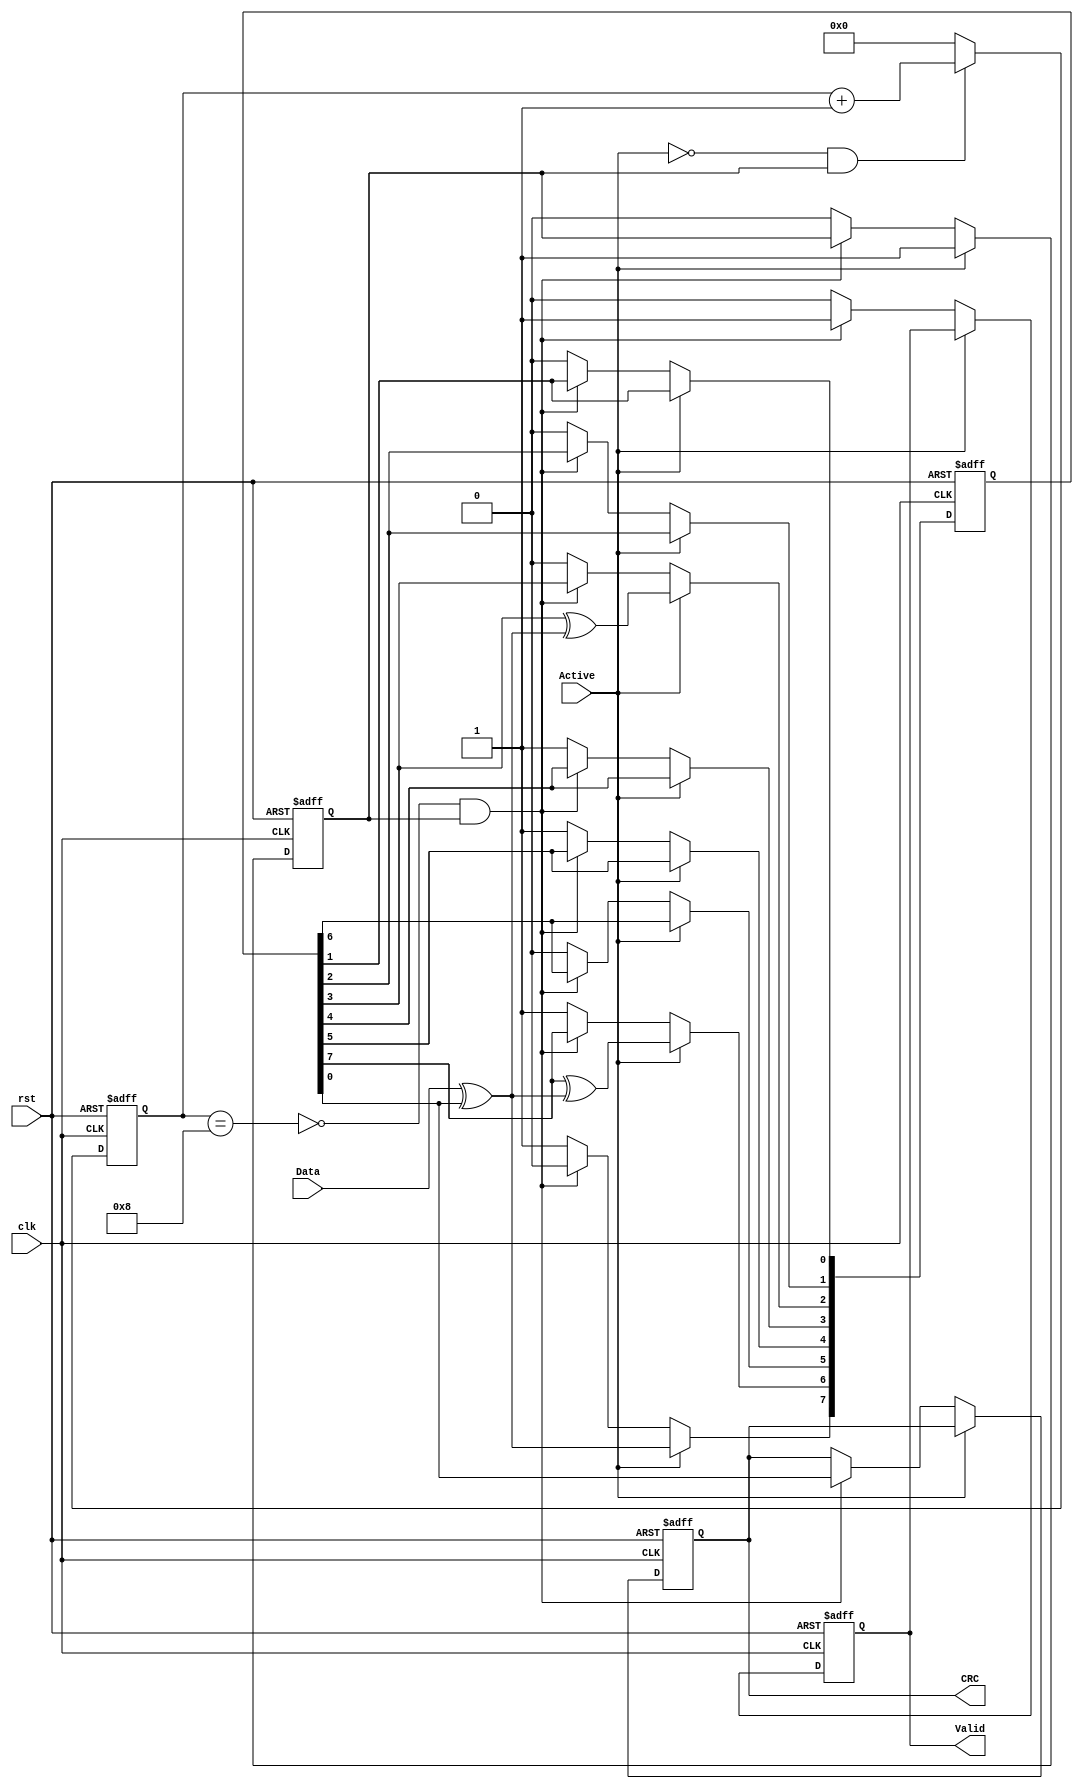
module CRC (Data,Active,clk,rst,CRC,Valid);

	parameter SEED=8'hD8;
	input Data;
	input Active;
	input clk,rst;
	output reg CRC,Valid;

	reg [7:0] LFSR;
	wire feedback;
	reg [3:0] counter;
	wire Done_Flag;
	reg operation_start;


	always @ (posedge clk or negedge rst) begin
		if(!rst) begin
			LFSR<=SEED;
			CRC<=1'b0;
			Valid<=1'b0;
			operation_start<=1'b0;
		end
		else begin
			if(Active) begin
				operation_start<=1'b1;
				LFSR[7]<=feedback;
				LFSR[6]<= LFSR[7] ^ feedback;
				LFSR[5]<= LFSR[6];
				LFSR[4]<= LFSR[5];
				LFSR[3]<= LFSR[4];
				LFSR[2]<= LFSR[3] ^ feedback;
				LFSR[1]<= LFSR[2];
				LFSR[0]<= LFSR[1];
			end
			else if (!Done_Flag && operation_start) begin
				Valid<=1'b1;
				{LFSR[6:0],CRC}<=LFSR;
				LFSR[7]<=0;
			end
			else begin
				operation_start<=1'b0;
				Valid<=1'b0;
				LFSR<=SEED;
			end
			
		end
	end


	always @(posedge clk or negedge rst) begin
		if(! rst )
			counter<=0;
		else begin
			if( !Active && operation_start)
				counter<=counter+4'b1;
			else
				counter<=4'b0;	
		end	
	end


	assign Done_Flag = (counter =='d8);
	assign feedback =Data ^ LFSR[0];

endmodule